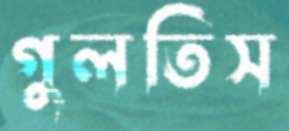
গুলতিস